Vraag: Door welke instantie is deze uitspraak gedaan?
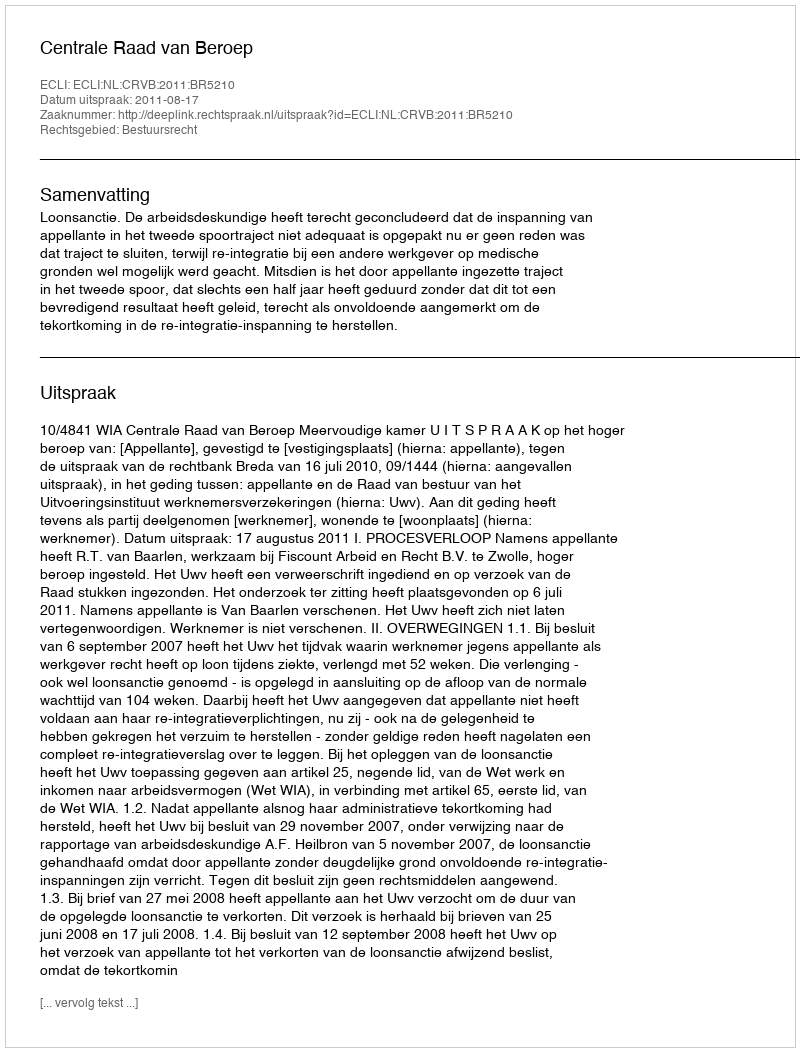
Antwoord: Centrale Raad van Beroep